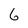
Character: 6